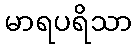
မာရပရိသာ